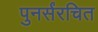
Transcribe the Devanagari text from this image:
पुनर्संरचित